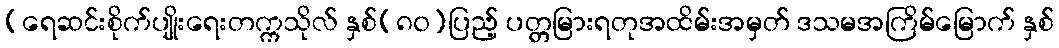
(ရေဆင်းစိုက်ပျိုးရေးတက္ကသိုလ် နှစ်(၈၀)ပြည့် ပတ္တမြားရတုအထိမ်းအမှတ် ဒသမအကြိမ်မြောက် နှစ်